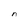
Character: n